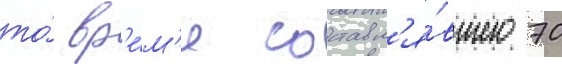
то́ вр'е́м'я составл'я́вшего 70